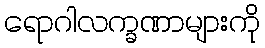
ရောဂါလက္ခဏာများကို